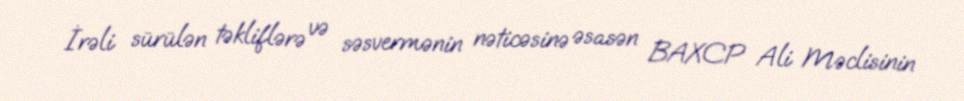
İrəli sürülən təkliflərə və səsvermənin nəticəsinə əsasən BAXCP Ali Məclisinin